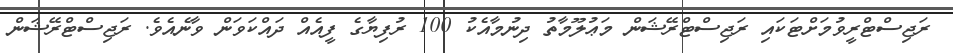
ރަޖިސްޓްރީވުމަށްޓަކައި ރަޖިސްޓްރޭޝަން މަޢުލޫމާތު ދިނުމާއެކު 100 ރުފިޔާގެ ފީއެއް ދައްކަވަން ވާނެއެވެ. ރަޖިސްޓްރޭޝަން